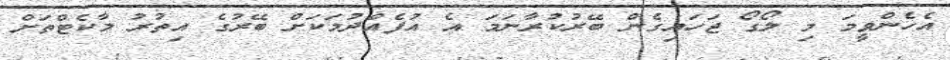
އެހެންވީމަ މި ލޯގޯ ޖަހައިގެން ބޭރުކުރާނަމަ އެ އުފެއްދުމަކަށް ބޭރުގެ އިތުރު މާކެޓްތަށް